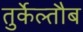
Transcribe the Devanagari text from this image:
तुर्केल्तौब